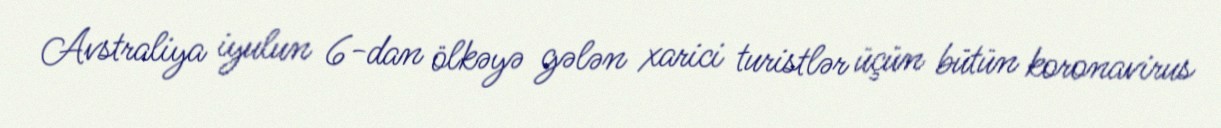
Avstraliya iyulun 6-dan ölkəyə gələn xarici turistlər üçün bütün koronavirus